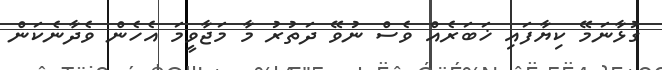
ގުޅާނަމޭ ކިޔާފައި ޚަބަރެއް ވެސް ނުވޭ ދަތުރު މާ މަޖާވީމަ އެހެން ވެދާނެކަން